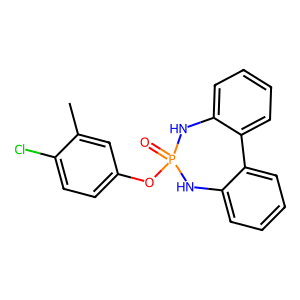
SMILES: Cc1cc(OP2(=O)Nc3ccccc3-c3ccccc3N2)ccc1Cl
Inhibits HIV replication: No